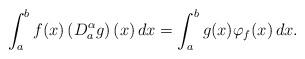
LaTeX: \begin{align*}\int_a^b f(x) \left(D_a^\alpha g\right)(x)\,dx=\int_a^b g(x) \varphi_f(x)\,dx.\end{align*}